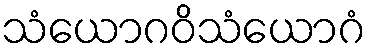
သံယောဂဝိသံယောဂံ